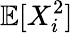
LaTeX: \mathbb{E}[X_{i}^{2}]